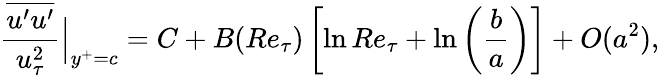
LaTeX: \frac{\overline{{u^{\prime}u^{\prime}}}}{u_{\tau}^{2}}\Big|_{y^{+}=c}=C+B(Re_{\tau})\left[\ln Re_{\tau}+\ln\left(\frac{b}{a}\right)\right]+O(a^{2}),